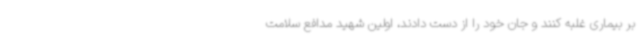
بر بیماری غلبه کنند و جان خود را از دست دادند، اولین شهید مدافع سلامت